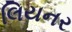
લિયનર